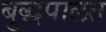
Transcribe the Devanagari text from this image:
बुद्धपालत